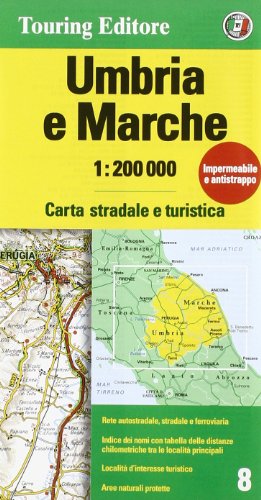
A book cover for Umbria (English and Italian Edition); Touring Club Italiano; Travel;